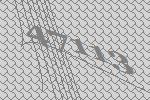
47113